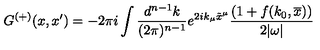
G ^ { ( + ) } ( x , x ^ { \prime } ) = - 2 \pi i \int \frac { d ^ { n - 1 } k } { ( 2 \pi ) ^ { n - 1 } } e ^ { 2 i k _ { \mu } \tilde { x } ^ { \mu } } \frac { ( 1 + f ( k _ { 0 } , \overline { x } ) ) } { 2 | \omega | }